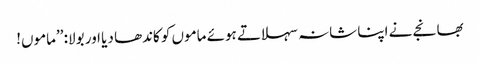
بھانجے نے اپنا شانہ سہلاتے ہوئے ماموں کو کاندھا دیا اور بولا: ’’ماموں!